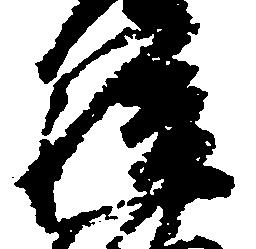
駿